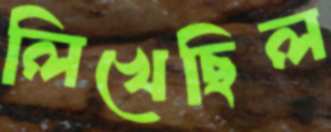
লিখেছিল